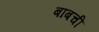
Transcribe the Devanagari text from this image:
बाबची